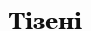
Тізені